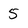
Character: 5